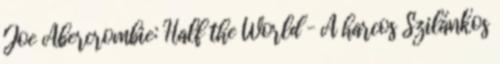
Joe Abercrombie: Half the World – A harcos Szilánkos